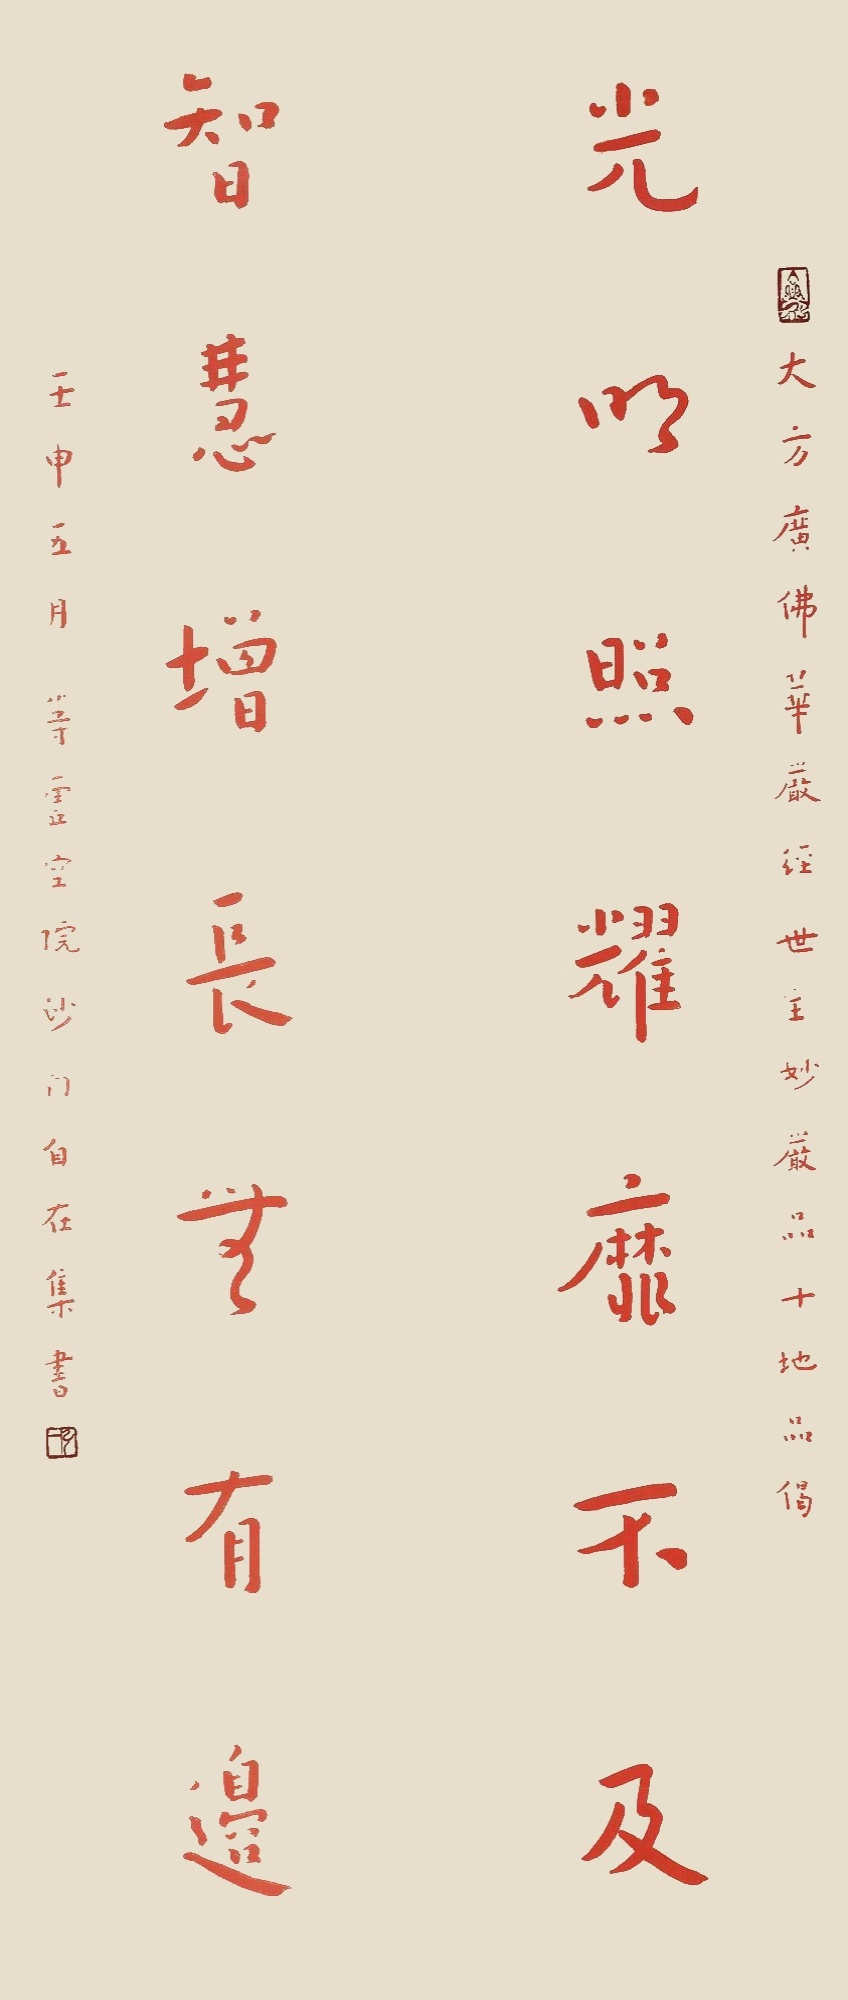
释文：光明照耀靡不及,智慧增长无有边。大方广佛华严经,世王妙严十地品偈。壬申五月等灵空院沙门自在集书。弘一（朱）